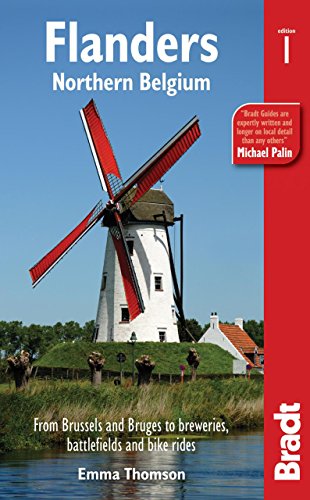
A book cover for Flanders: Northern Belgium: Brussels, Bruges And Beyond (Bradt Travel Guide); Emma Thomson; Travel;